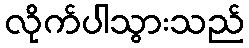
လိုက်ပါသွားသည်